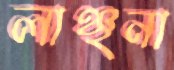
লাঞ্ছনা